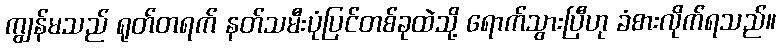
ကျွန်မသည် ရုတ်တရက် နတ်သမီးပုံပြင်တစ်ခုထဲသို့ ရောက်သွားပြီဟု ခံစားလိုက်ရသည်။